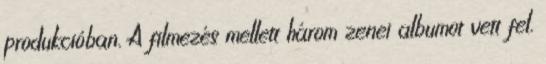
produkcióban. A filmezés mellett három zenei albumot vett fel.